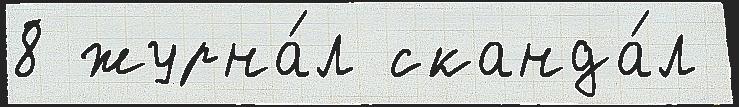
8 журна́л сканда́л